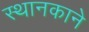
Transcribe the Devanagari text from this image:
स्थानकाने